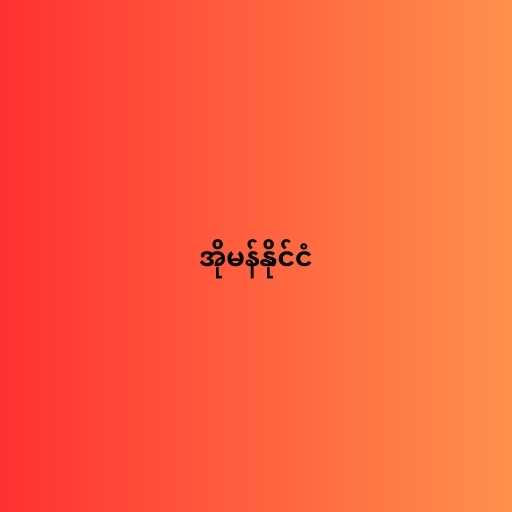
အိုမန်နိုင်ငံ